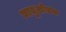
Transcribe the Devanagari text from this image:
धातुशोधक